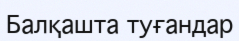
Балқашта туғандар